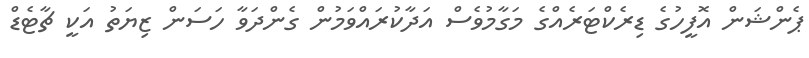
ޕެންޝަން އޮފީހުގެ ޑިރެކްޓަރެއްގެ މަގާމުވެސް އަދާކުރައްވަމުން ގެންދަވާ ހަސަން ޒިޔަތު އަކީ ޗާޓެޑް